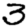
Digit: 3